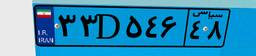
۳۳D۵۴۶۴۸